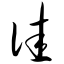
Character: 诖